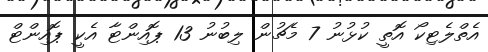
އެތްލެޓިކޯ އޮތީ ކުޅުނު 7 މެޗުން ލިބުނު 13 ޕޮއިންޓާ އެކީ ޕޮއިންޓް